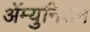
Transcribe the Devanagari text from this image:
ॲम्युनिशन